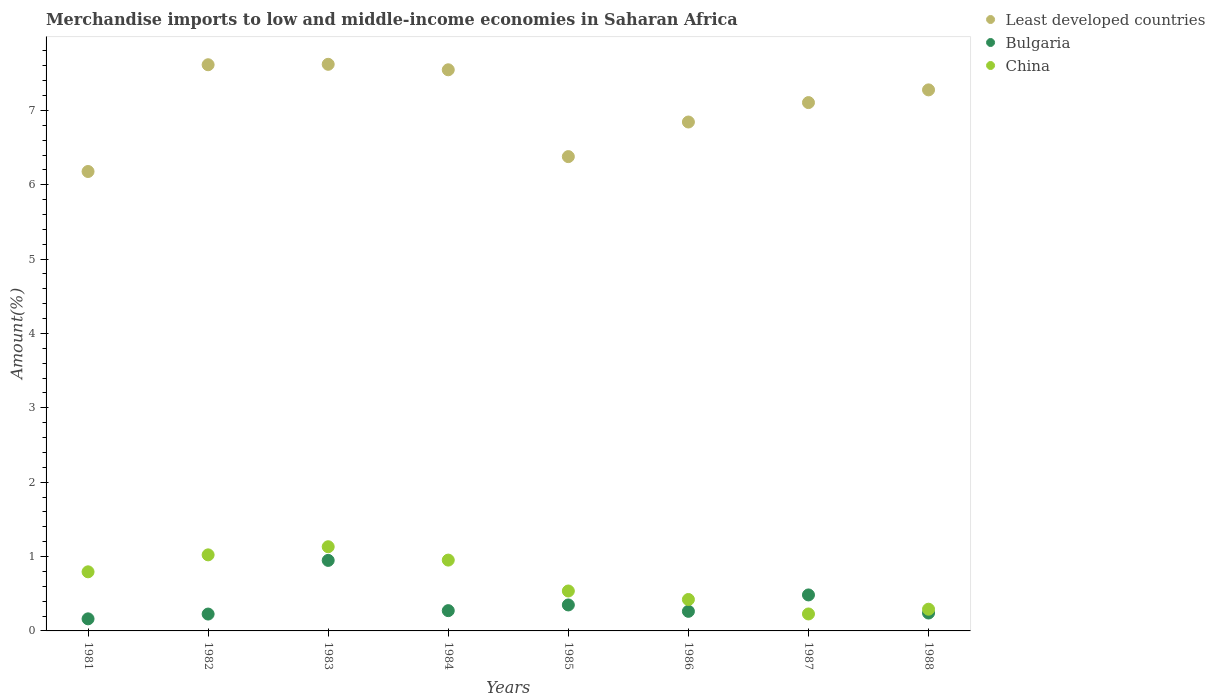
| Years | Least developed countries | Bulgaria | China |
 | --- | --- | --- | --- |
 | 1981 | 6.18 | 0.162 | 0.795 |
 | 1982 | 7.61 | 0.227 | 1.02 |
 | 1983 | 7.62 | 0.948 | 1.13 |
 | 1984 | 7.55 | 0.273 | 0.952 |
 | 1985 | 6.38 | 0.349 | 0.537 |
 | 1986 | 6.84 | 0.263 | 0.423 |
 | 1987 | 7.11 | 0.484 | 0.228 |
 | 1988 | 7.28 | 0.241 | 0.292 |